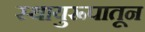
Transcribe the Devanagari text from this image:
स्थायुरूपातून